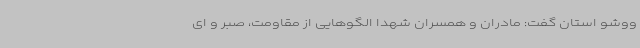
ووشو استان گفت: مادران و همسران شهدا الگوهایی از مقاومت، صبر و ای